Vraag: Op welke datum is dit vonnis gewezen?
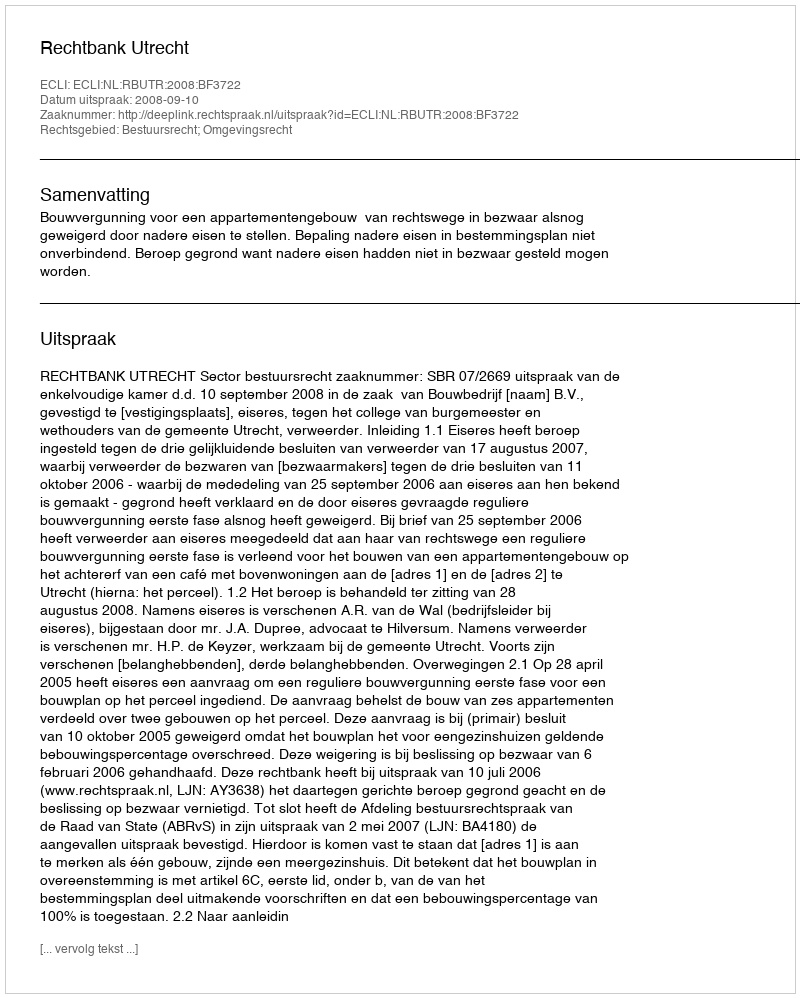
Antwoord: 2008-09-10